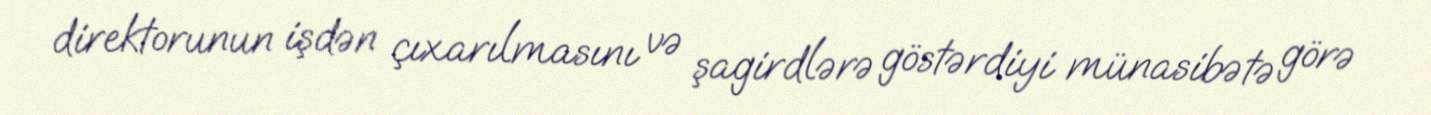
direktorunun işdən çıxarılmasını və şagirdlərə göstərdiyi münasibətə görə